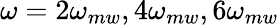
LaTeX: \omega=2\omega_{mw},4\omega_{mw},6\omega_{mw}